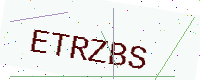
Text: ETRZBS